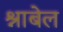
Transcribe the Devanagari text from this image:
श्नाबेल